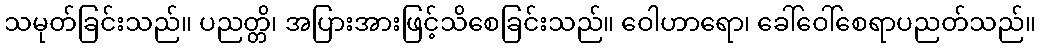
သမုတ်ခြင်းသည်။ ပညတ္တိ၊ အပြားအားဖြင့်သိစေခြင်းသည်။ ဝေါဟာရော၊ ခေါ်ဝေါ်စေရာပညတ်သည်။